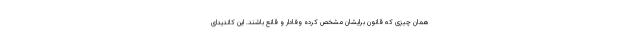
همان چیزی که قانون برایشان مشخص کرده وفادار و قانع باشند. این کاندیدای